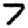
Digit: 7